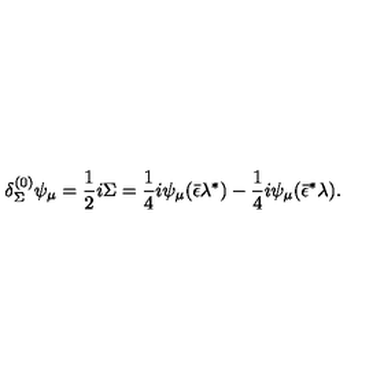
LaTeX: { \delta _ { \Sigma } ^ { ( 0 ) } \psi _ { \mu } = { \frac { 1 } { 2 } } i \Sigma = { \frac { 1 } { 4 } } i \psi _ { \mu } ( \bar { \epsilon } \lambda ^ { * } ) - { \frac { 1 } { 4 } } i \psi _ { \mu } ( \bar { \epsilon } ^ { * } \lambda ) . }